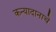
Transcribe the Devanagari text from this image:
कन्यादानाचे